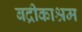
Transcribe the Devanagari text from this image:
बद्रीकाश्रम